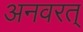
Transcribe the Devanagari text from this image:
अनवरत्